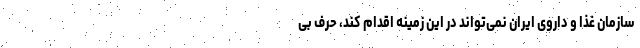
سازمان غذا و داروی ایران نمی‌تواند در این زمینه اقدام کند، حرف بی